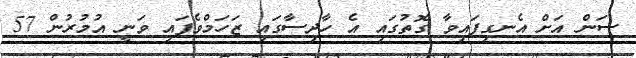
ސަން އަށް އެނގިފައިވާ ގޮތުގައި އެ ހާދިސާގައި ޒަހަމްވެފައި ވަނީ އުމުރުން 57